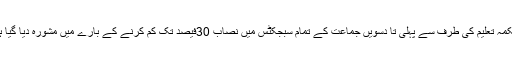
محکمہ تعلیم کی طرف سے پہلی تا دسویں جماعت کے تمام سبجکٹس میں نصاب 30فیصد تک کم کرنے کے بارے میں مشورہ دیا گیا ہے۔